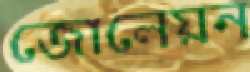
জোলেয়ন